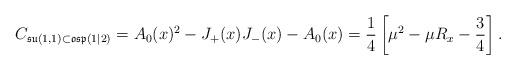
LaTeX: \begin{align*} C_{\mathfrak{su}(1,1)\subset \mathfrak{osp}(1|2)}=A_0(x)^2-J_{+}(x)J_{-}(x)-A_0(x)=\frac{1}{4}\left[\mu^2-\mu R_{x}-\frac{3}{4}\right].\end{align*}